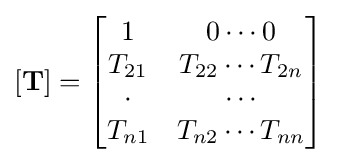
\mathbf {[T]} ={\begin{bmatrix}1&0\cdots 0\\T_{21}&T_{22}\cdots T_{2n}\\\cdot &\cdots \\T_{n1}&T_{n2}\cdots T_{nn}\end{bmatrix}}